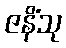
ဇနိံသု